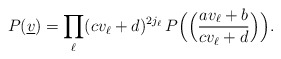
\begin{align*}P(\underline{v})=\prod_\ell(cv_\ell+d)^{2j_\ell}\,P\Big(\Big(\frac{av_\ell+b}{cv_\ell+d}\Big)\Big).\end{align*}